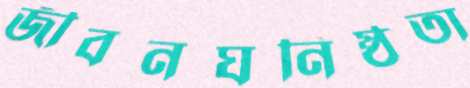
জীবনঘনিষ্ঠতা